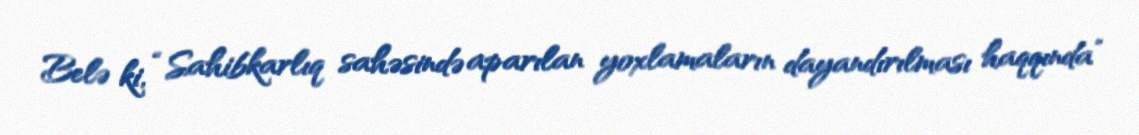
Belə ki, “Sahibkarlıq sahəsində aparılan yoxlamaların dayandırılması haqqında”